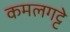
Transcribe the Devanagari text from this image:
कमलगट्टे